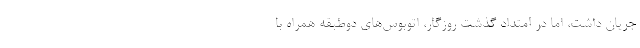
جریان داشت، اما در امتداد گذشت روزگار، اتوبوس‌های دوطبقه همراه با